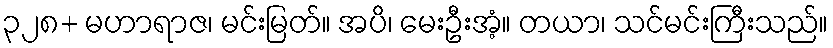
၃၂၈+ မဟာရာဇ၊ မင်းမြတ်။ အပိ၊ မေးဦးအံ့။ တယာ၊ သင်မင်းကြီးသည်။